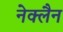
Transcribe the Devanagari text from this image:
नेक्लैन